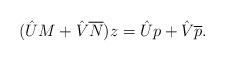
LaTeX: \begin{align*}(\hat{U}M + \hat{V}\overline{N})z = \hat{U}p + \hat{V}\overline{p}.\end{align*}